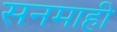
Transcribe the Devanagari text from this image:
सनमाही